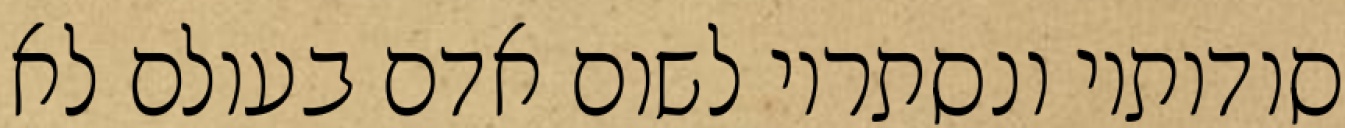
סודותיו ונסתריו לשום אדם בעולם לא